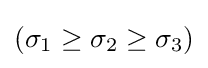
(\sigma _{1}\geq \sigma _{2}\geq \sigma _{3})